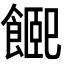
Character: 𩝮